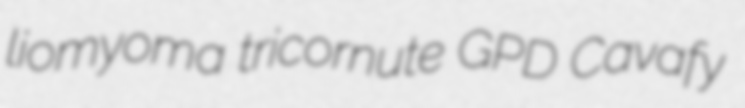
liomyoma tricornute GPD Cavafy